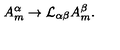
A _ { m } ^ { \alpha } \rightarrow { \cal L } _ { \alpha \beta } A _ { m } ^ { \beta } .